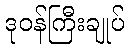
ဒုဝန်ကြီးချုပ်